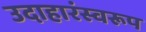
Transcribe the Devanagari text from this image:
उदाहारंस्वरूप